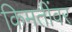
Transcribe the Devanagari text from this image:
किमतींवर